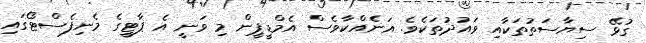
ގުޅޭ ސިޔާސަތުތަކާއި ވައުދުތަކެވެ. އަނެއްކާވެސް އެމްޑީޕީން މި ވަނީ އެ ޕާޓީގެ މެނިފެސްޓޯގައި